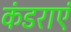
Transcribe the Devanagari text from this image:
कंडराएं